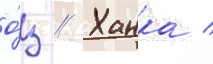
о́з // Ханка /